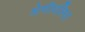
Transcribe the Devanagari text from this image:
श्रेणीवलित